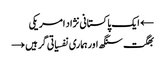
← ایک پاکستانی نژاد امریکی
بھگت سنگھ اور ہماری نفسیاتی گرہیں →